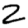
Digit: 2